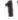
1